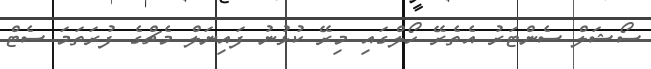
ސޯޝަލް ސެންޓަރު އެތެރޭ ހޯލްގައި މިރޭ ކުޅުނު ފައިނަލް މެޗްގެ ފުރަތަމަ ސެޓް